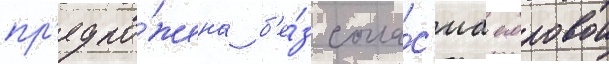
пр'едло́жена б'е́з согла́с'иа егоровои